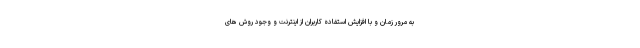
به مرور زمان و با افزایش استفاده کاربران از اینترنت و وجود روش های